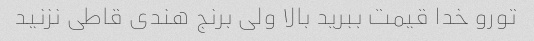
تورو خدا قیمت ببرید بالا ولی برنج هندی قاطی نزنید